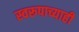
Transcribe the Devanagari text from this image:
स्वरूपाच्याही